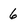
Character: 6